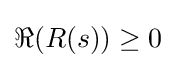
\Re (R(s))\geq 0